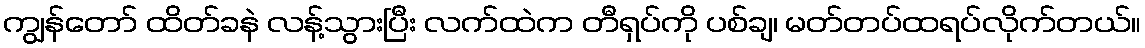
ကျွန်တော် ထိတ်ခနဲ လန့်သွားပြီး လက်ထဲက တီရှပ်ကို ပစ်ချ၊ မတ်တပ်ထရပ်လိုက်တယ်။